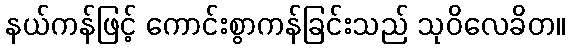
နယ်ကန်ဖြင့် ကောင်းစွာကန်ခြင်းသည် သုဝိလေခိတ။